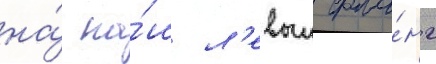
на́ на́ш л'евыи фла́нг